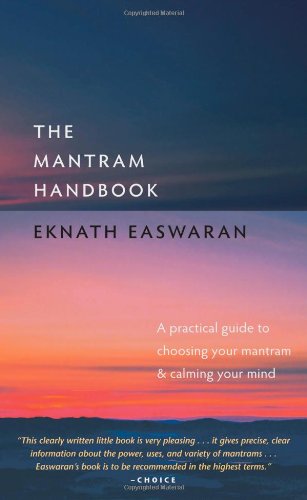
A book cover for The Mantram Handbook: A Practical Guide to Choosing Your Mantram and Calming Your Mind (Essential Easwaran Library); Eknath Easwaran; Politics & Social Sciences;